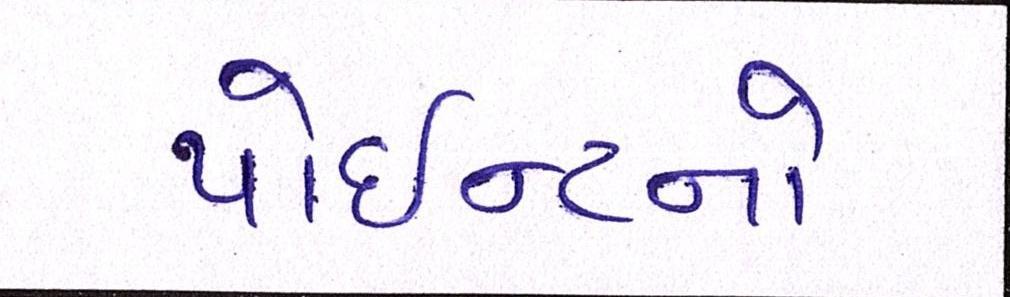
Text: પોઇન્ટનો